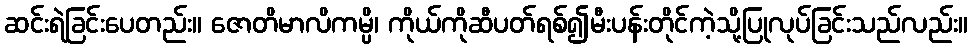
ဆင်းရဲခြင်းပေတည်း။ ဇောတိမာလိကမ္ပိ၊ ကိုယ်ကိုဆီပတ်ရစ်၍မီးပန်းတိုင်ကဲ့သို့ပြုလုပ်ခြင်းသည်လည်း။